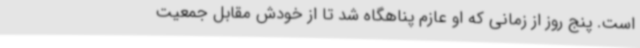
است. پنج روز از زمانی که او عازم پناهگاه شد تا از خودش مقابل جمعیت